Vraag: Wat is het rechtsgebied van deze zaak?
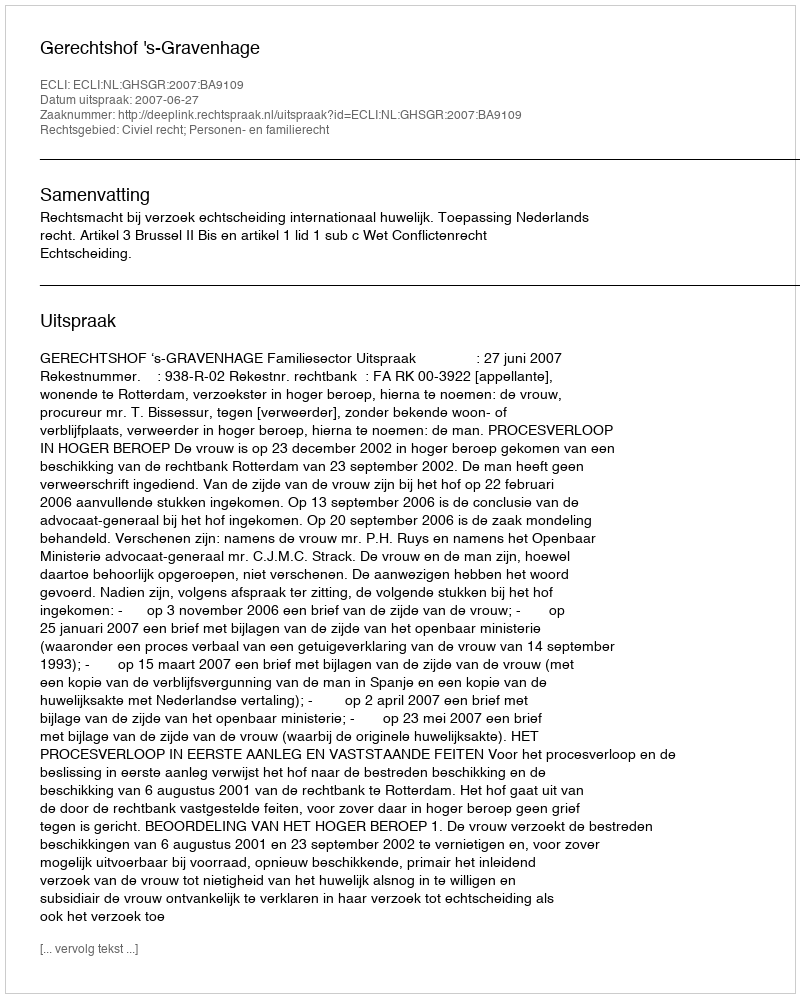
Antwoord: Civiel recht; Personen- en familierecht